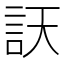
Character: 䚶